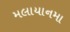
મલાયાનમા